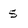
Character: 5